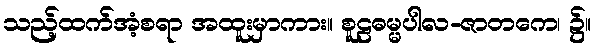
သည့်ထက်အံ့စရာ အထူးမှာကား။ စူဠဓမ္မပါလ-ဇာတကေ၊ ၌။